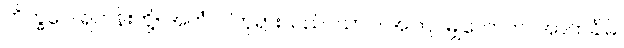
ဘိက္ခဝေ၊ ရဟန်းတို့။ အဟံ၊ ငါဘုရားသည်။ ယာဝ၊ အကြင်မျှလောက်။ အာကင်္ခါမိ၊